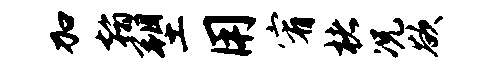
加翰塑用宥楮况欲